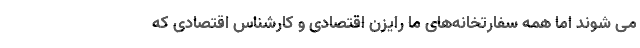
می شوند اما همه سفارتخانه‌های ما رایزن اقتصادی و کارشناس اقتصادی که